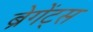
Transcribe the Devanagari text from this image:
ब्रेगेंट्स